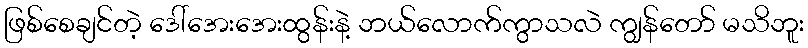
ဖြစ်စေချင်တဲ့ ဒေါ်အေးအေးထွန်းနဲ့ ဘယ်လောက်ကွာသလဲ ကျွန်တော် မသိဘူး